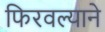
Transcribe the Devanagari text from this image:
फिरवल्याने